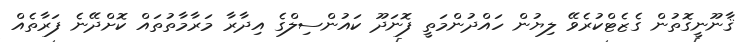
ޤާނޫނީގޮތުން ގެޒެޓްކުރެވޭ ލިޔުން ހައްދުންމަތީ ފޮނަދޫ ކައުންސިލްގެ އިދާރާ މަރާމާތުތައް ކޮށްދޭނެ ފަރާތެއް